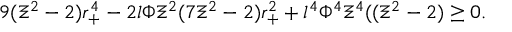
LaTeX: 9 ( \Xi ^ { 2 } - 2 ) r _ { + } ^ { 4 } - 2 l \Phi \Xi ^ { 2 } ( 7 \Xi ^ { 2 } - 2 ) r _ { + } ^ { 2 } + l ^ { 4 } \Phi ^ { 4 } \Xi ^ { 4 } ( ( \Xi ^ { 2 } - 2 ) \geq 0 .